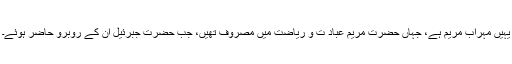
یہیں مہراب مریم ہے، جہاں حضرت مریم عباد ت و ریاضت میں مصروف تھیں، جب حضرت جبرئیل ان کے روبرو حاضر ہوئے۔